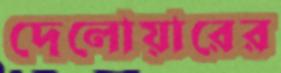
দেলোয়ারের